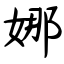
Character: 娜